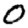
Digit: 0